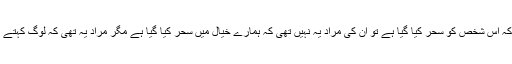
چنانچہ انہوں نے جب یہ کہا کہ اس شخص کو سحر کیا گیا ہے تو ان کی مراد یہ نہیں تھی کہ ہمارے خیال میں سحر کیا گیا ہے مگر مراد یہ تھی کہ لوگ کہتے ہیں کہ اسے سحر کیا گیا ہے۔